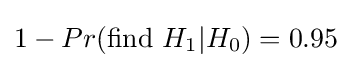
1-Pr({\text{find }}H_{1}|H_{0})=0.95